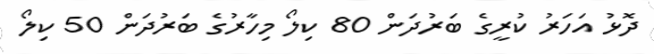
ދޮޅު އަހަރު ކުރީގެ ބަރުދަން 80 ކިލޯ މިހާރުގެ ބަރުދަން 50 ކިލޯ